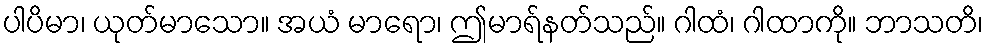
ပါပိမာ၊ ယုတ်မာသော။ အယံ မာရော၊ ဤမာရ်နတ်သည်။ ဂါထံ၊ ဂါထာကို။ ဘာသတိ၊